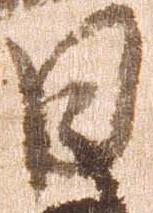
日